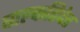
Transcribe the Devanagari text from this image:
बाल्कहिदेर